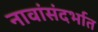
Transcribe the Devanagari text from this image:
नावांसंदर्भात